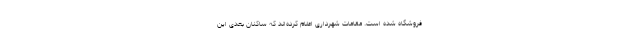
فروشگاه شده است. مقامات شهرداری اعلام کرده‌اند که ساکنان بعدی این